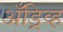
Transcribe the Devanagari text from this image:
अँड्रिव्ह